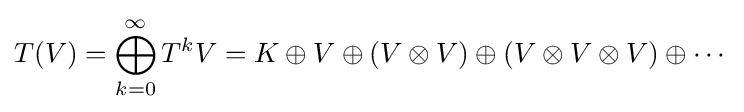
T(V)=\bigoplus _{k=0}^{\infty }T^{k}V=K\oplus V\oplus (V\otimes V)\oplus (V\otimes V\otimes V)\oplus \cdots